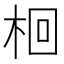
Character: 𣑩